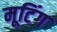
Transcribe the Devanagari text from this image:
मूटिंग